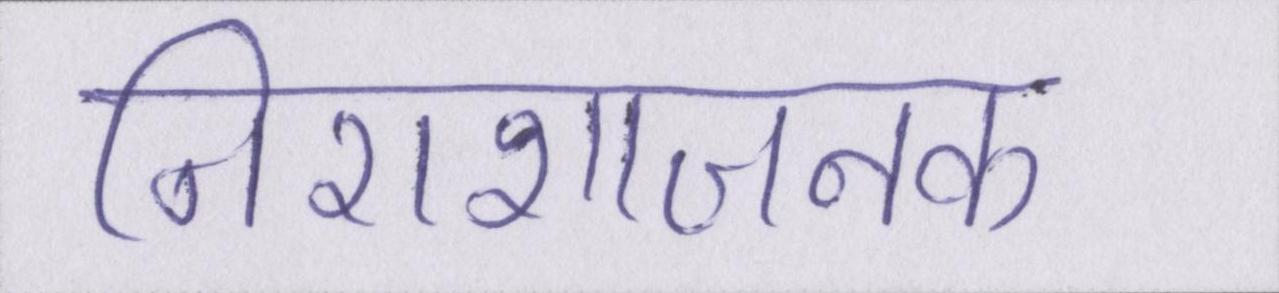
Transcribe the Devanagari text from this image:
निराशाजनक